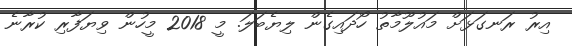
އިރު ރަނގަޅަށް މައުލޫމާތު ހޯދައިގެން ލިޔެބަަލަ. މީ 2018 މީހުން ވިޔަފާރި ކުރާނެ